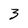
Character: 3